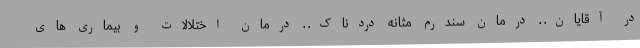
در آقایان. . درمان سندرم مثانه دردناک. . درمان اختلالات و بیماری های